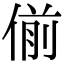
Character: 偂